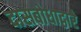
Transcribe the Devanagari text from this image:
दासबोधाद्वारे